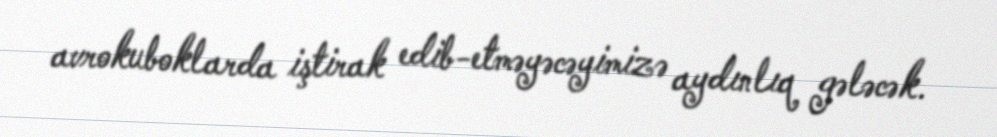
avrokuboklarda iştirak edib-etməyəcəyimizə aydınlıq gələcək.